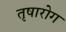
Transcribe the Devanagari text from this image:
तृषारोग